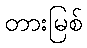
တားမြစ်